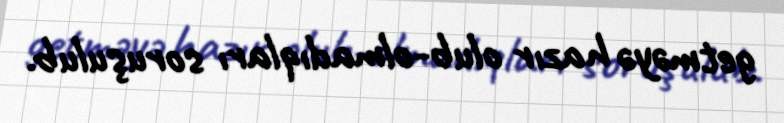
getməyə hazır olub-olmadıqları soruşulub.